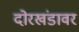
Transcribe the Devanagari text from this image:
दोरखंडावर